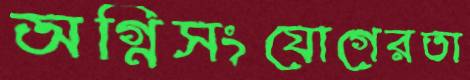
অগ্নিসংযোগেরতা